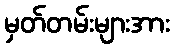
မှတ်တမ်းများအား